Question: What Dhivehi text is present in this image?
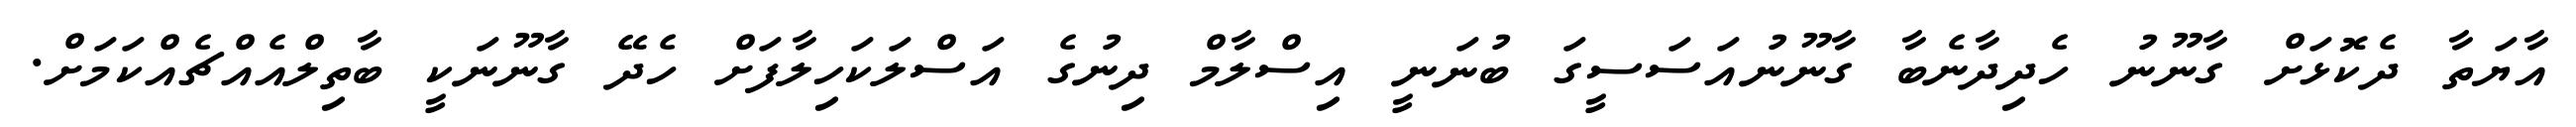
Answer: އާޔަތާ ދެކޮޅަށް ގާނޫނު ހެދިދާނެބާ ގާނޫނުއަސަސީގަ ބުނަނީ އިސްލާމް ދިނުގެ އަސްލަކަހިލާފަށް ހެދޭ ގާނޫނަކީ ބާތިލްއެއްޗެއްކަމަށް.